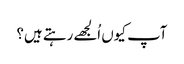
آپ کیوں اُلجھے رہتے ہیں؟